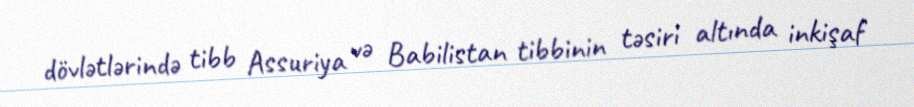
dövlətlərində tibb Assuriya və Babilistan tibbinin təsiri altında inkişaf